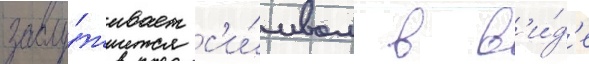
заслу́живает с'и́мвол в в'и́д'е